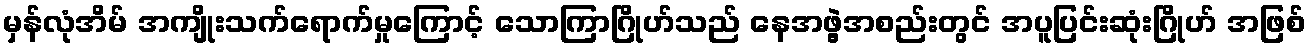
မှန်လုံအိမ် အကျိုးသက်ရောက်မှုကြောင့် သောကြာဂြိုဟ်သည် နေအဖွဲ့အစည်းတွင် အပူပြင်းဆုံးဂြိုဟ် အဖြစ်